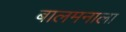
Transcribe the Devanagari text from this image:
बालमनाला